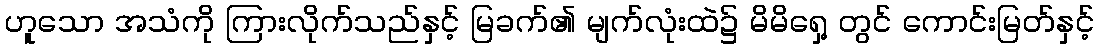
ဟူသော အသံကို ကြားလိုက်သည်နှင့် မြခက်၏ မျက်လုံးထဲ၌ မိမိရှေ့ တွင် ကောင်းမြတ်နှင့်